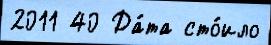
2011 40 Да́та сто́ило